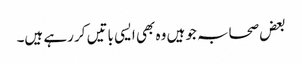
بعض صحابہ جو ہیں وہ بھی ایسی باتیں کر رہے ہیں۔